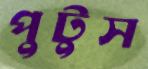
পুটুস